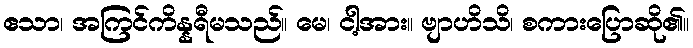
ဧသာ၊ အကြင်ကိန္နရီမသည်။ မေ၊ ငါ့အား။ ဗျာဟိသိ၊ စကားပြောဆို၏။